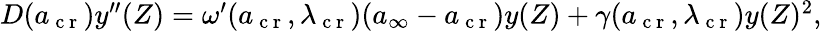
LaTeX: \begin{array}{r}{D({a}_{\mathrm{~c~r~}})y^{\prime\prime}(Z)=\omega^{\prime}(a_{\mathrm{~c~r~}},\lambda_{\mathrm{~c~r~}})({a}_{\infty}-a_{\mathrm{~c~r~}})y(Z)+\gamma(a_{\mathrm{~c~r~}},\lambda_{\mathrm{~c~r~}})y(Z)^{2},}\end{array}